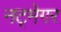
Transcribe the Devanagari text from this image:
नट्मेगर